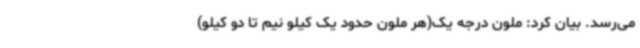
می‌رسد. بیان کرد: ملون درجه یک(هر ملون حدود یک کیلو نیم تا دو کیلو)